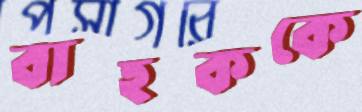
বাহককে